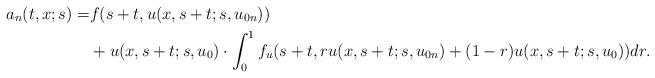
LaTeX: \begin{align*}a_n(t,x;s)=&f(s+t,u(x,s+t;s,u_{0n}))\\&+u(x,s+t;s,u_{0})\cdot \int_0^1 f_u(s+t,r u(x,s+t;s,u_{0n})+(1-r)u(x,s+t;s,u_0))dr.\end{align*}